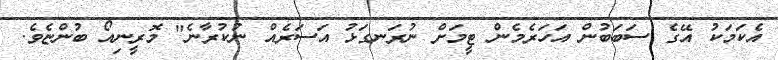
އެކަމަކު އޭގެ ސަބަބުން އަހަރެމެން ޓީމަށް ނުރަނގަޅު އަސަރެއް ނުކުރާނެ" މޮރީނިއޯ ބުންޏެވެ.